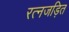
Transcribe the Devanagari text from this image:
रत्नजड़ित